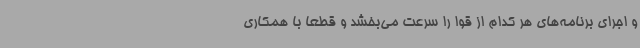
و اجرای برنامه‌های هر کدام از قوا را سرعت می‌بخشد و قطعا با همکاری